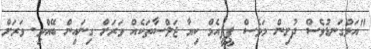
"އަޅުގަނޑުވެސް ދުށިން މަވެސް ޕީޕީއެމް ކިޔާ ޖަލްސާތަކެއް ވަރަށް ގިނައިން ބޭއްވި. ވަރަށް